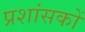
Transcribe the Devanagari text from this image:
प्रशांसकों